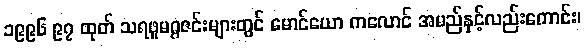
၁၉၉၆ ၉၇ ထုတ် သရဖူမဂ္ဂဇင်းများတွင် မောင်ယော ကလောင် အမည်နှင့်လည်းကောင်း၊